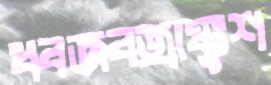
ধ্বজবজ্রাঙ্কুশ